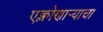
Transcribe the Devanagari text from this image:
एक्लोणार्‍याचा